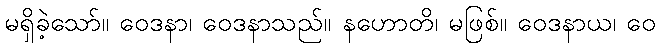
မရှိခဲ့သော်။ ဝေဒနာ၊ ဝေဒနာသည်။ နဟောတိ၊ မဖြစ်။ ဝေဒနာယ၊ ဝေ